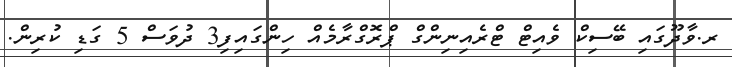
ރ.ވާދޫގައި ބޭސިކް ވެއިޓް ޓްރެއިނިންގް ޕްރޮގްރާމެއް ހިންގައިފި3 ދުވަސް 5 ގަޑި ކުރިން.